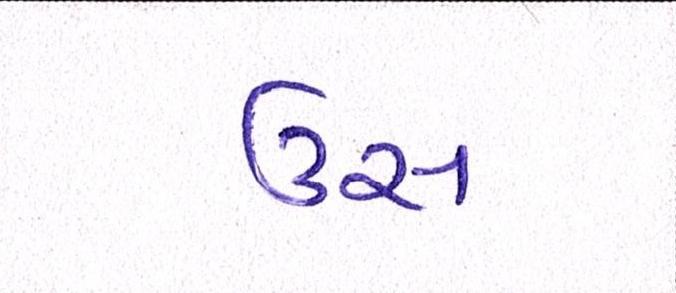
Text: ઉસ